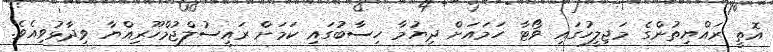
އޮތީ ރައްޔިތުންގެ މަޖިލީހުގައި ވޯޓާ ހަމައަށް ދިޔުމާ ހިސާބުގައި ކަމަށް ރައީސުލްޖުމްހޫރިއްޔާ ވިދާޅުވިއެވެ.